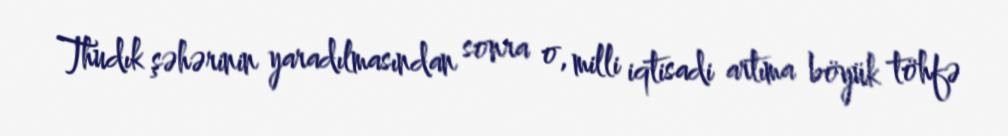
Thudık şəhərinin yaradılmasından sonra o, milli iqtisadi artıma böyük töhfə